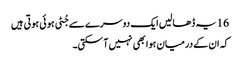
16 یہ ڈھالیں ایک دوسرے سے جُٹی ہو ئی ہو تی ہیں
کہ ان کے درمیان ہوا بھی نہیں آسکتی۔